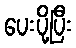
ပေးပို့ပြီး